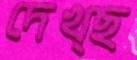
দেখ্ছ